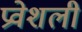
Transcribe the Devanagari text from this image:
प्रवेशली